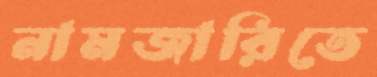
নামজারিতে